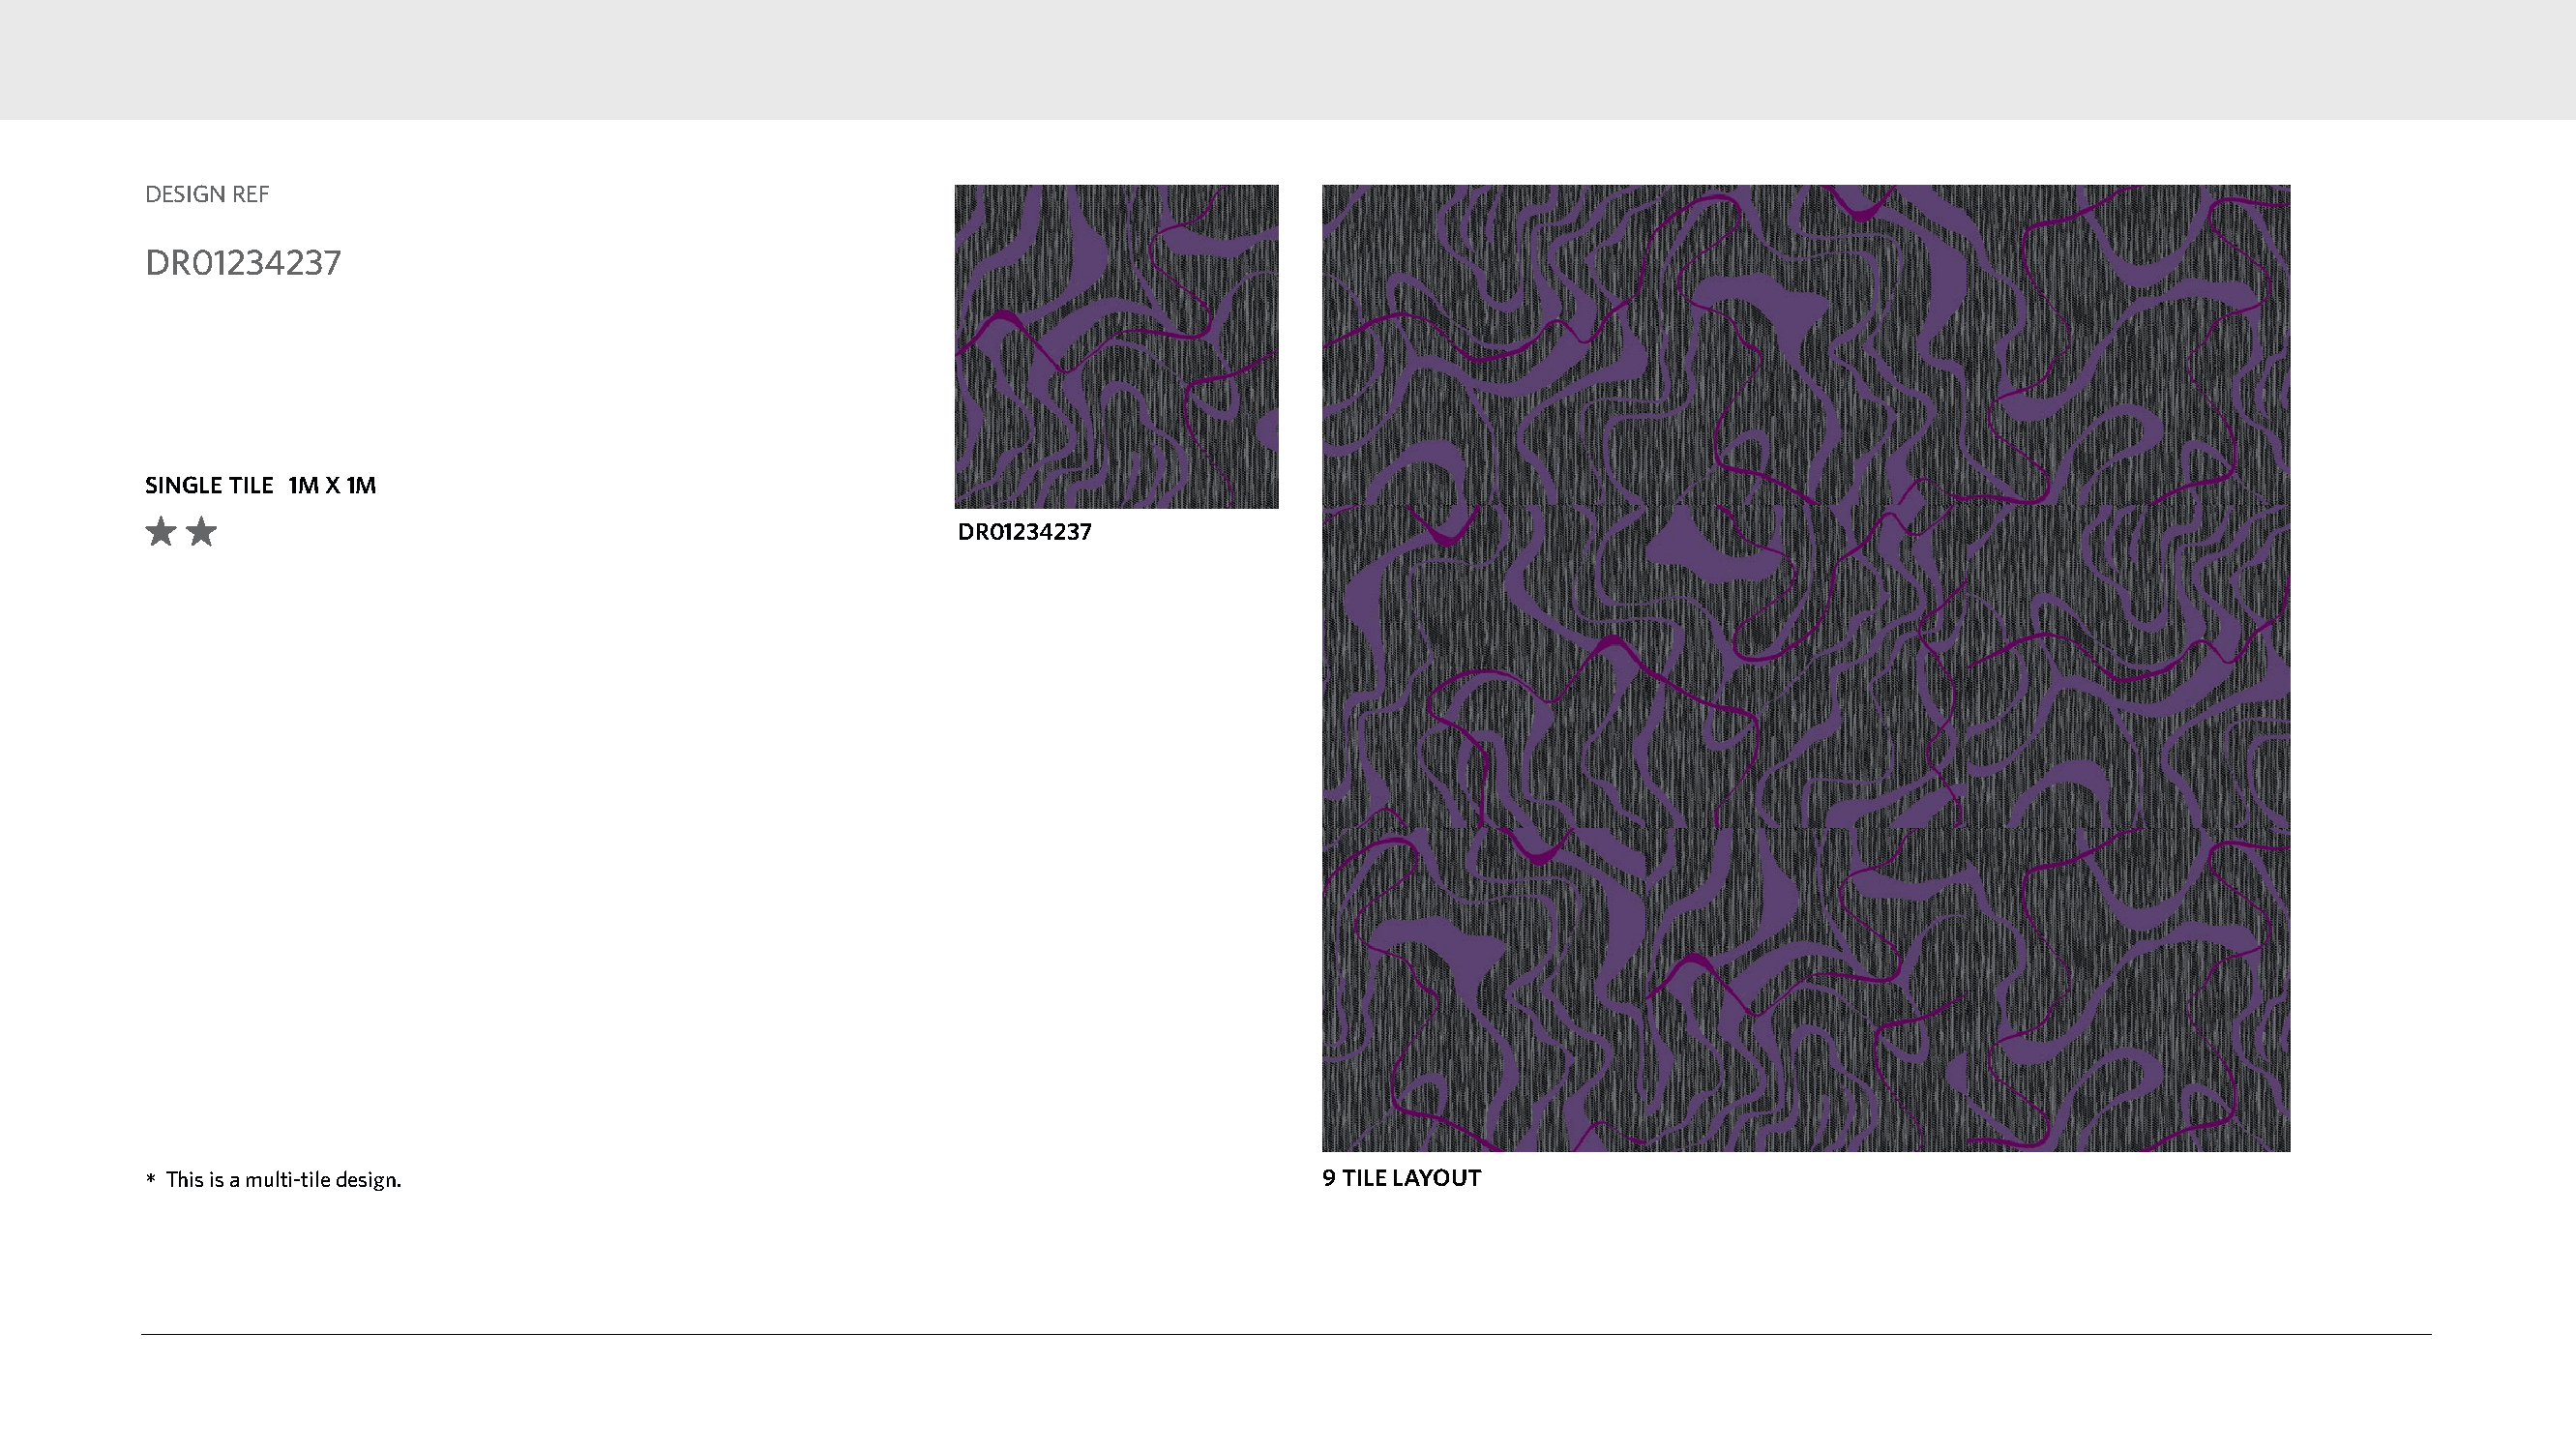
DESIGN REF
 DR01234237
 SINGLE TILE 1M X 1M
 DR01234237
 *This is a multi-tile design.                                                    9 TILE LAYOUT